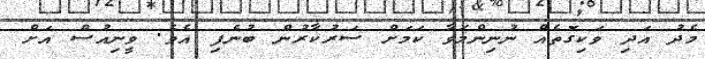
މެދު އަދި ވަކިގޮތެއް ނުނިންމަވާ ކަމަށް ސަރުކާރުން ބުނެފި އެވެ. ވީނިއުސް އަށް